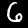
Label: 6